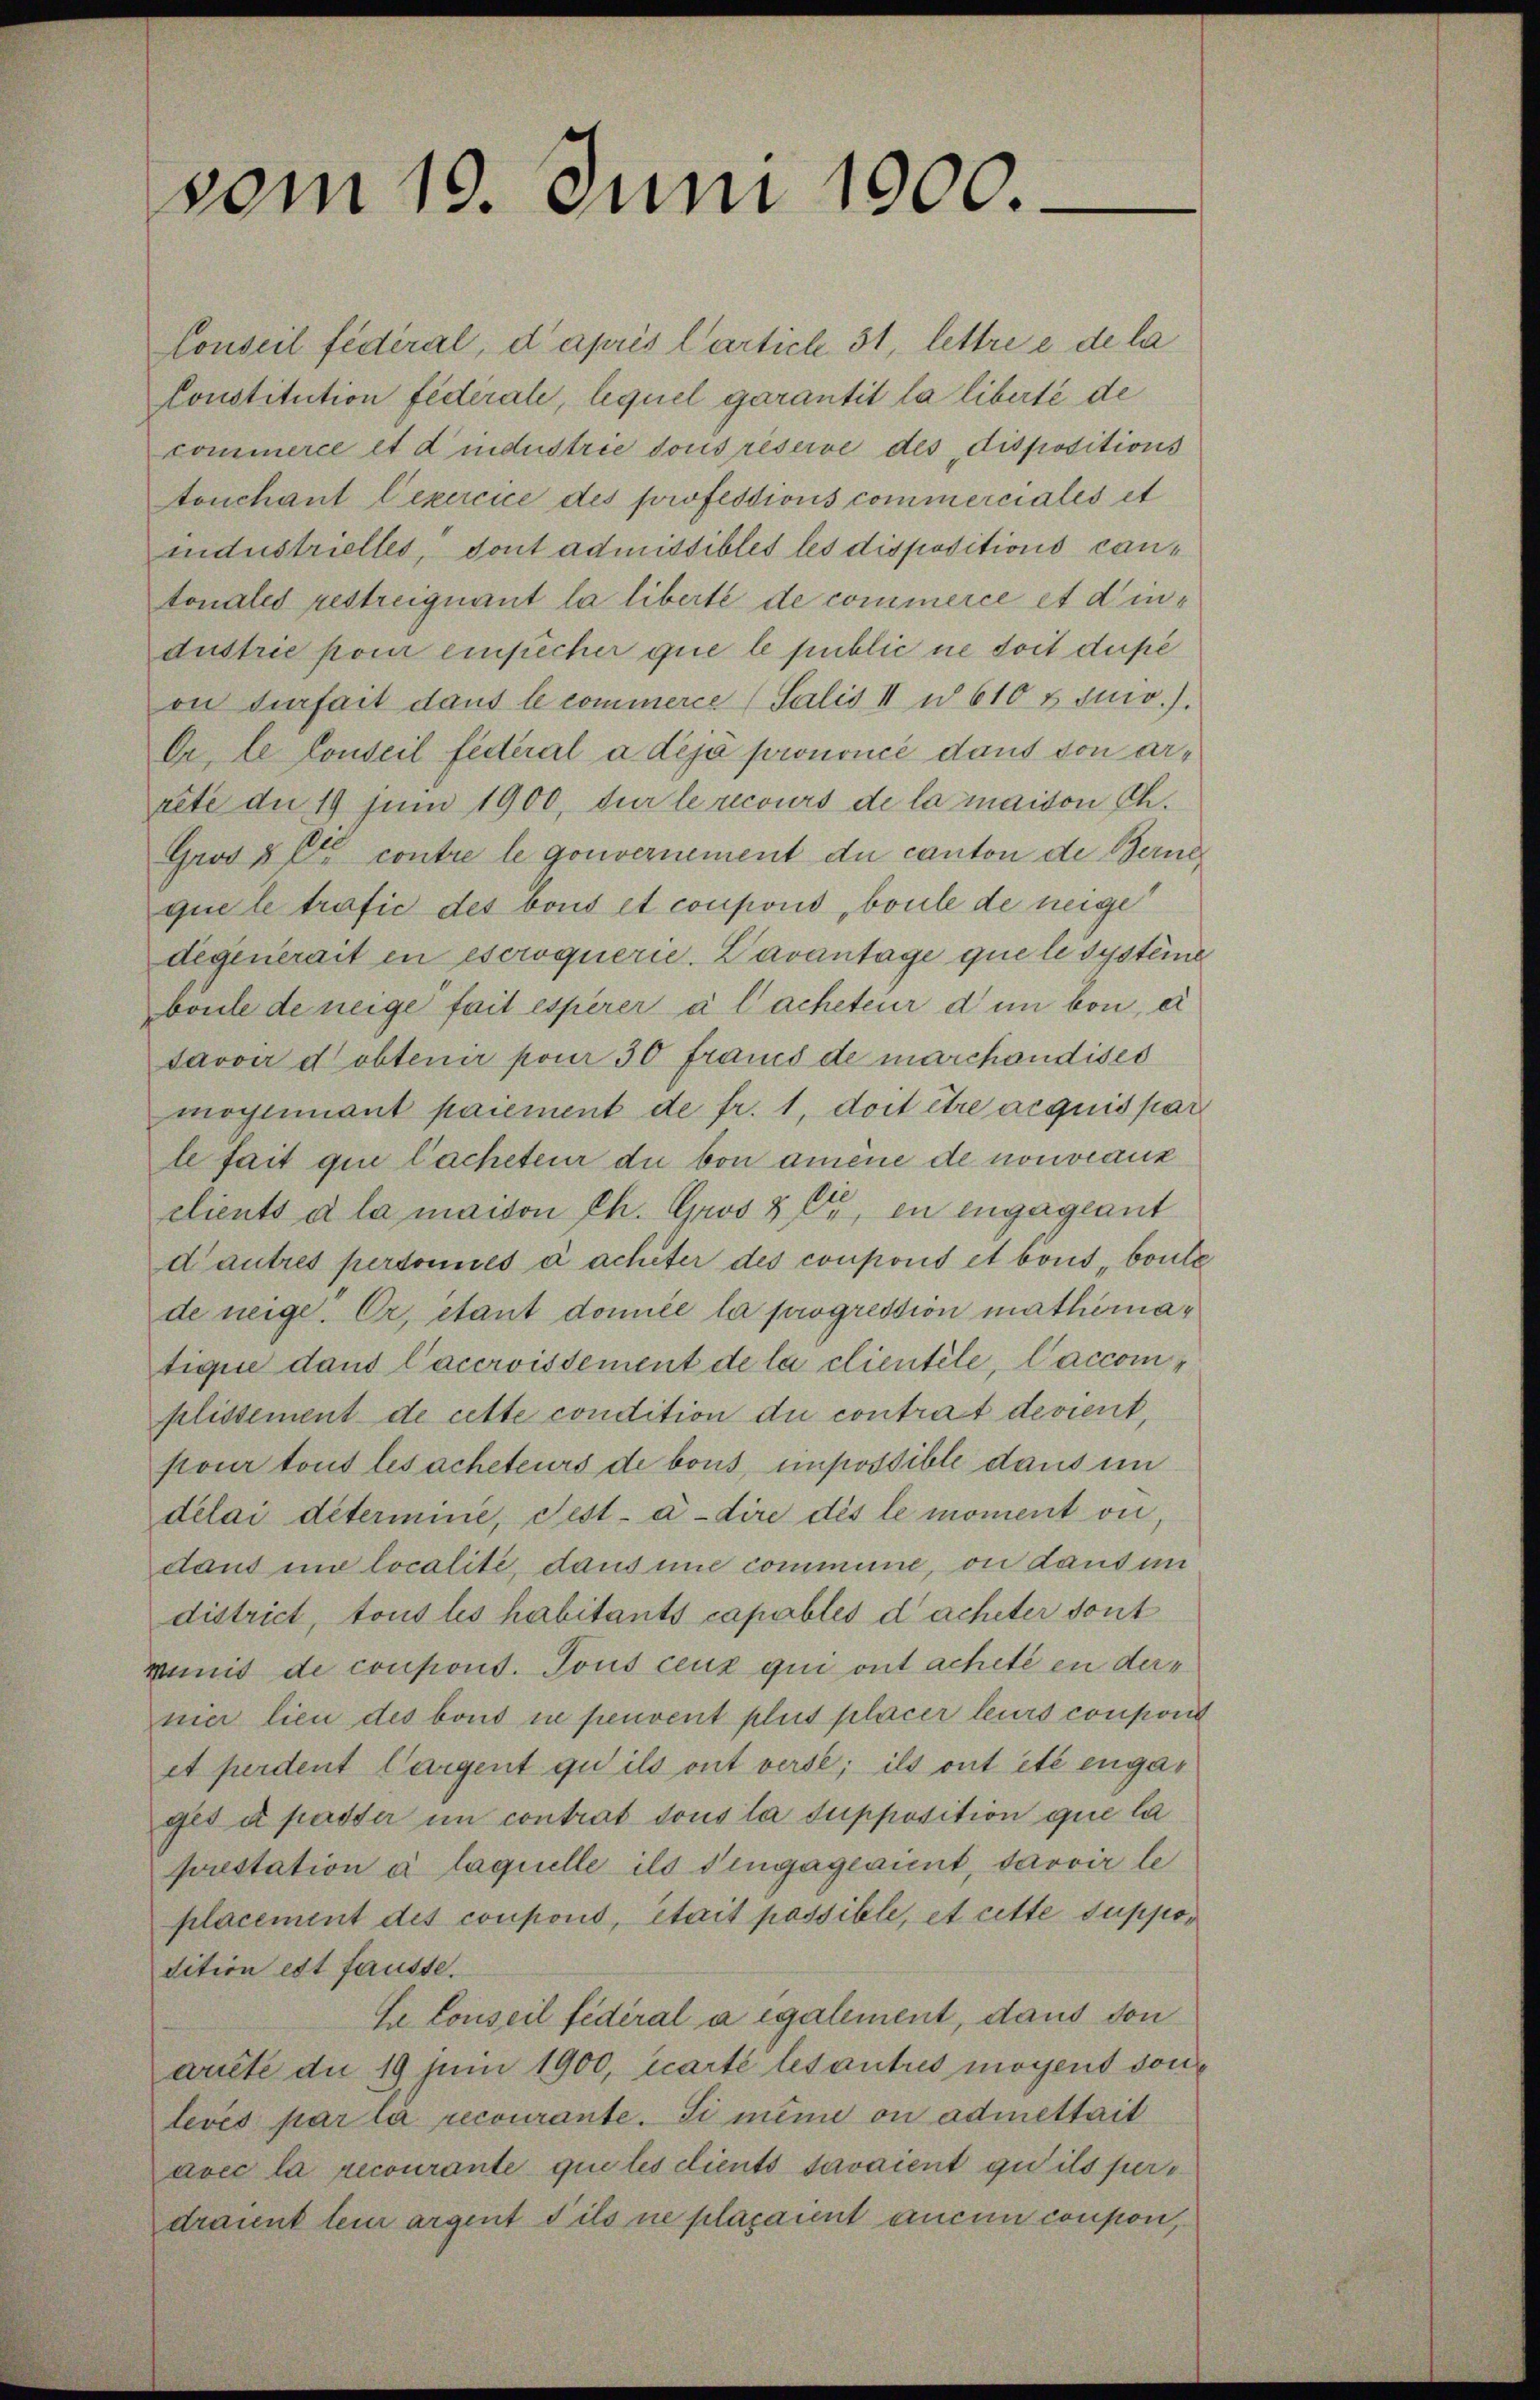
vom 19. Juni 1900.

Conseil fédéral, d après Cartich 31, lettre e de la
Constitution fédérale, lequel garantit la liberté de
commerce et dindustrie sous réserve des dispositions
tonchant Cexercice des professions commerciales et
industrielles, dont admissibles les dispositions cantonales restreiquant la liberté de commerce et dindustrie pour einfecher que le public ne doit dupé
on Turfait dans le commerce (Salis II u. 610 x surv.).
Er le Conseil fédéral a déjà prononcé dans von arrete du 19 juni 1900, sur le recours de la maison Ch.
Grob & Er contre le gouvernement du canton de Berne
que le trafić des bous et coupons, boule de neige
degenerait en escroquerie. Davantage que le systeme
boule de neige fait esperer à lacheteur dum bon, d
Javoir d obtenir pour 30 francs de marchandises
mogliant paiement de fr. 1, doit être acquis par
le fait qui lacheteur du von amene de nouveaux
clients à la maison Ch. Gros 80, in engageant
dautres pertonies à achiter des coupons et bous boute
de neige. Er, étant domice la progression mathematique dans Caccroissement de la clientile, Caccomplissement de cette condition du contrat devient,
pour tous lesacheteurs de bous, impossible dans in
délai détermine, Fest-à-dire dès le moment vn
dant in localité, dans une commune, ou dans im
district, tous les habitants capables dacheter sont
Womit de coupons. Tous ceux qui ont acheté en dernier lieu des bond in peuvent plus placer leurs conpond
et perdent Cargent qu’ils ont verse; ils ont été engages ut passer in contrat dous la supposition que la
prestation à laquelle ils vengageaient, davoir le
placement des coupons, était possible, et cette suppodition est fauste.
Ee Conseil fédéral a également, dans von
arite du 19 Juni 1900, carte les autres moyent sonlevés par la recourante. Si même ou admettait
avec la recourante quites dients savaient qu’ils perdrannt sein argent ils ne plaçannt aucun conson,